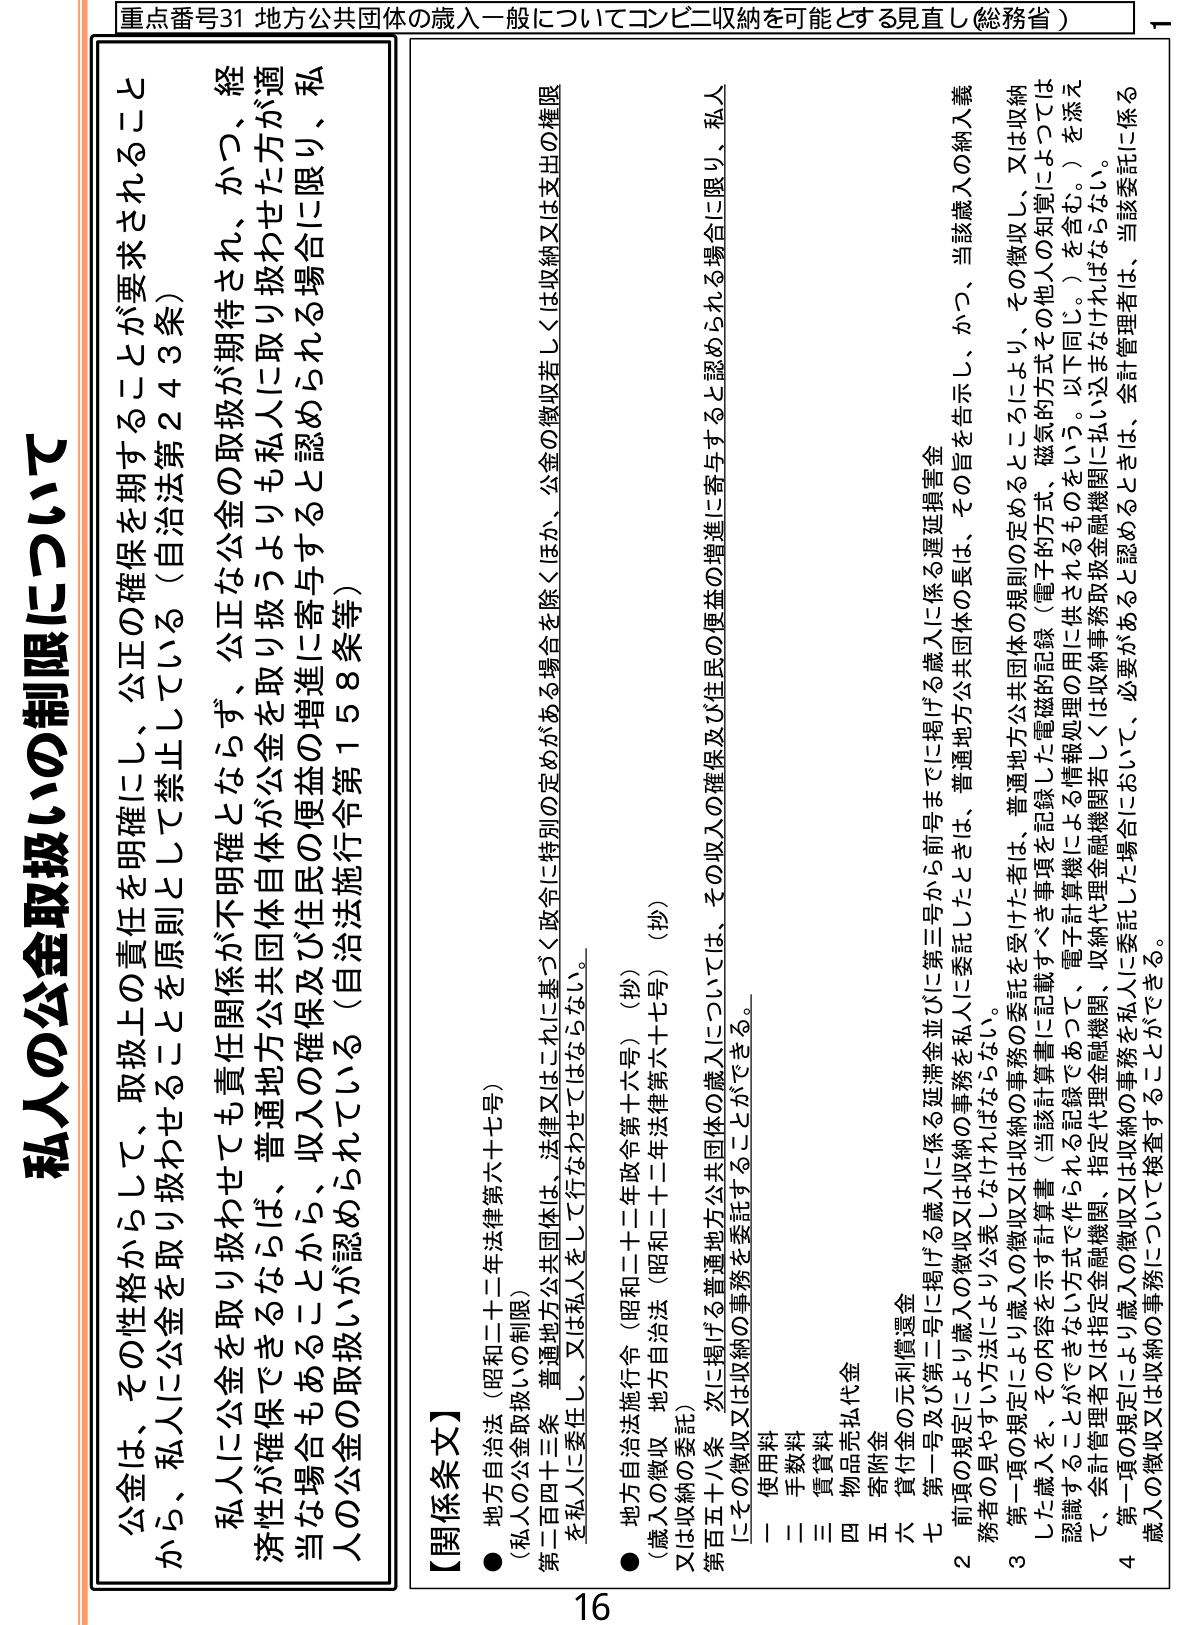
重点番号31 地方公共団体の歳入一般についてコンビニ収納を可能とする見直し（総務省）

私人の公金取扱いの制限について

公金は、その性格からして、取扱上の責任を明確にし、公正の確保を期することを原則として禁止している（自治法第243条）

私人に公金を取り扱わせても責任関係が不明確とならず、公正な公金の取扱が期待され、かつ、経済性が確保できるならば、普通地方公共団体が公金を取り扱うよりも私人に取り扱わせた方が適当な場合もあることから、収入の確保及び住民の便益の増進に寄与すると認められる場合に限り、私人の公金の取扱いが認められている（自治法施行令第158条等）

【関係条文】

● 地方自治法（昭和二十二年法律第六十七号）
（私人の公金取扱いの制限）
第二百四十三条 普通地方公共団体は、法律又はこれに基づく政令に特別の定めがある場合を除くほか、公金の徴収若しくは収納又は支出の権限を私人に委任し、又は私人をして行なわせることはならない。

● 地方自治法施行令（昭和二十二年政令第十六号）（抄）
（歳入の徴収 地方自治法（昭和二十二年法律第六十七号）（抄）
又は収納の委託）
第五十八条 次に掲げる普通地方公共団体の歳入については、その収入の確保及び住民の便益の増進に寄与すると認められる場合に限り、私人にその徴収又は収納の事務を委託することができる。
一 使用料
二 手数料
三 賃貸料
四 物品売払代金
五 寄附金
六 貸付金の元利償還金
七 第一号及び第二号に掲げる歳入に係る延滞金並びに第三号から前号までに掲げる歳入に係る遅延損害金

2 前項の規定により歳入の徴収又は収納の事務を私人に委託したときは、普通地方公共団体の長は、その旨を告示し、かつ、当該歳入の納入義務者の見やすい方法により公表しなければならない。

3 第一項の規定により歳入の徴収又は収納の事務を受けた者は、普通地方公共団体の規則の定めるところにより、その徴収し、又は収納した歳入を、その内容を示す計算書（当該計算書に記載すべき事項を記録した電磁的記録（電子的方式、磁気的方式その他人の知覚によつては認識することができない方式で作られる記録であつて、電子計算機による情報処理の用に供されるものをいう。以下同じ。）を含む。）を添えて、会計管理者又は指定金融機関、収納代理金融機関若しくは収納事務取扱金融機関に払い込まなければならない。

4 第一項の規定により歳入の徴収又は収納の事務を私人に委託した場合において、必要があると認めるときは、会計管理者は、当該委託に係る歳入の徴収又は収納の事務について検査することができる。

16